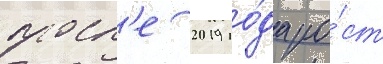
посл'е 2019 го́да ро́ст